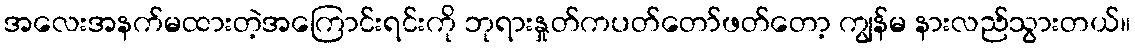
အလေးအနက်မထားတဲ့အကြောင်းရင်းကို ဘုရားနှုတ်ကပတ်တော်ဖတ်တော့ ကျွန်မ နားလည်သွားတယ်။